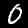
Label: 0